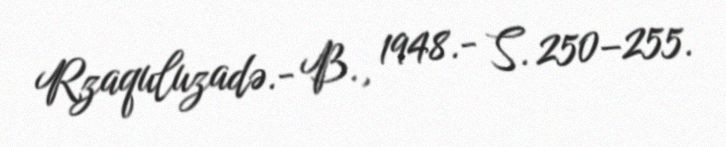
Rzaquluzadə.- B., 1948.- S. 250–255.